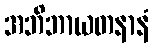
အဘိဘာယတနာနံ